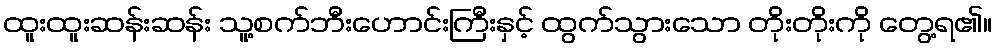
ထူးထူးဆန်းဆန်း သူ့စက်ဘီးဟောင်းကြီးနှင့် ထွက်သွားသော တိုးတိုးကို တွေ့ရ၏။